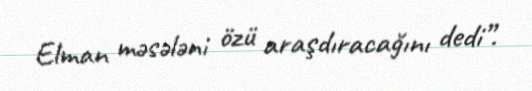
Elman məsələni özü araşdıracağını dedi”.